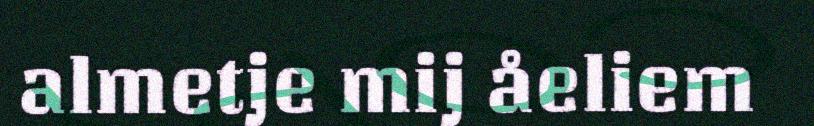
almetje mij åeliem